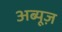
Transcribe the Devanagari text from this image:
अब्यूज़